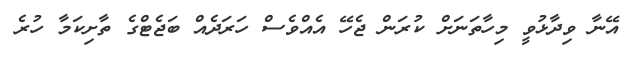
އޭނާ ވިދާޅުވީ މިހާތަނަށް ކުރަން ޖެހޭ އެއްވެސް ހަރަދެއް ބަޖެޓްގެ ތާށިކަމާ ހުރެ